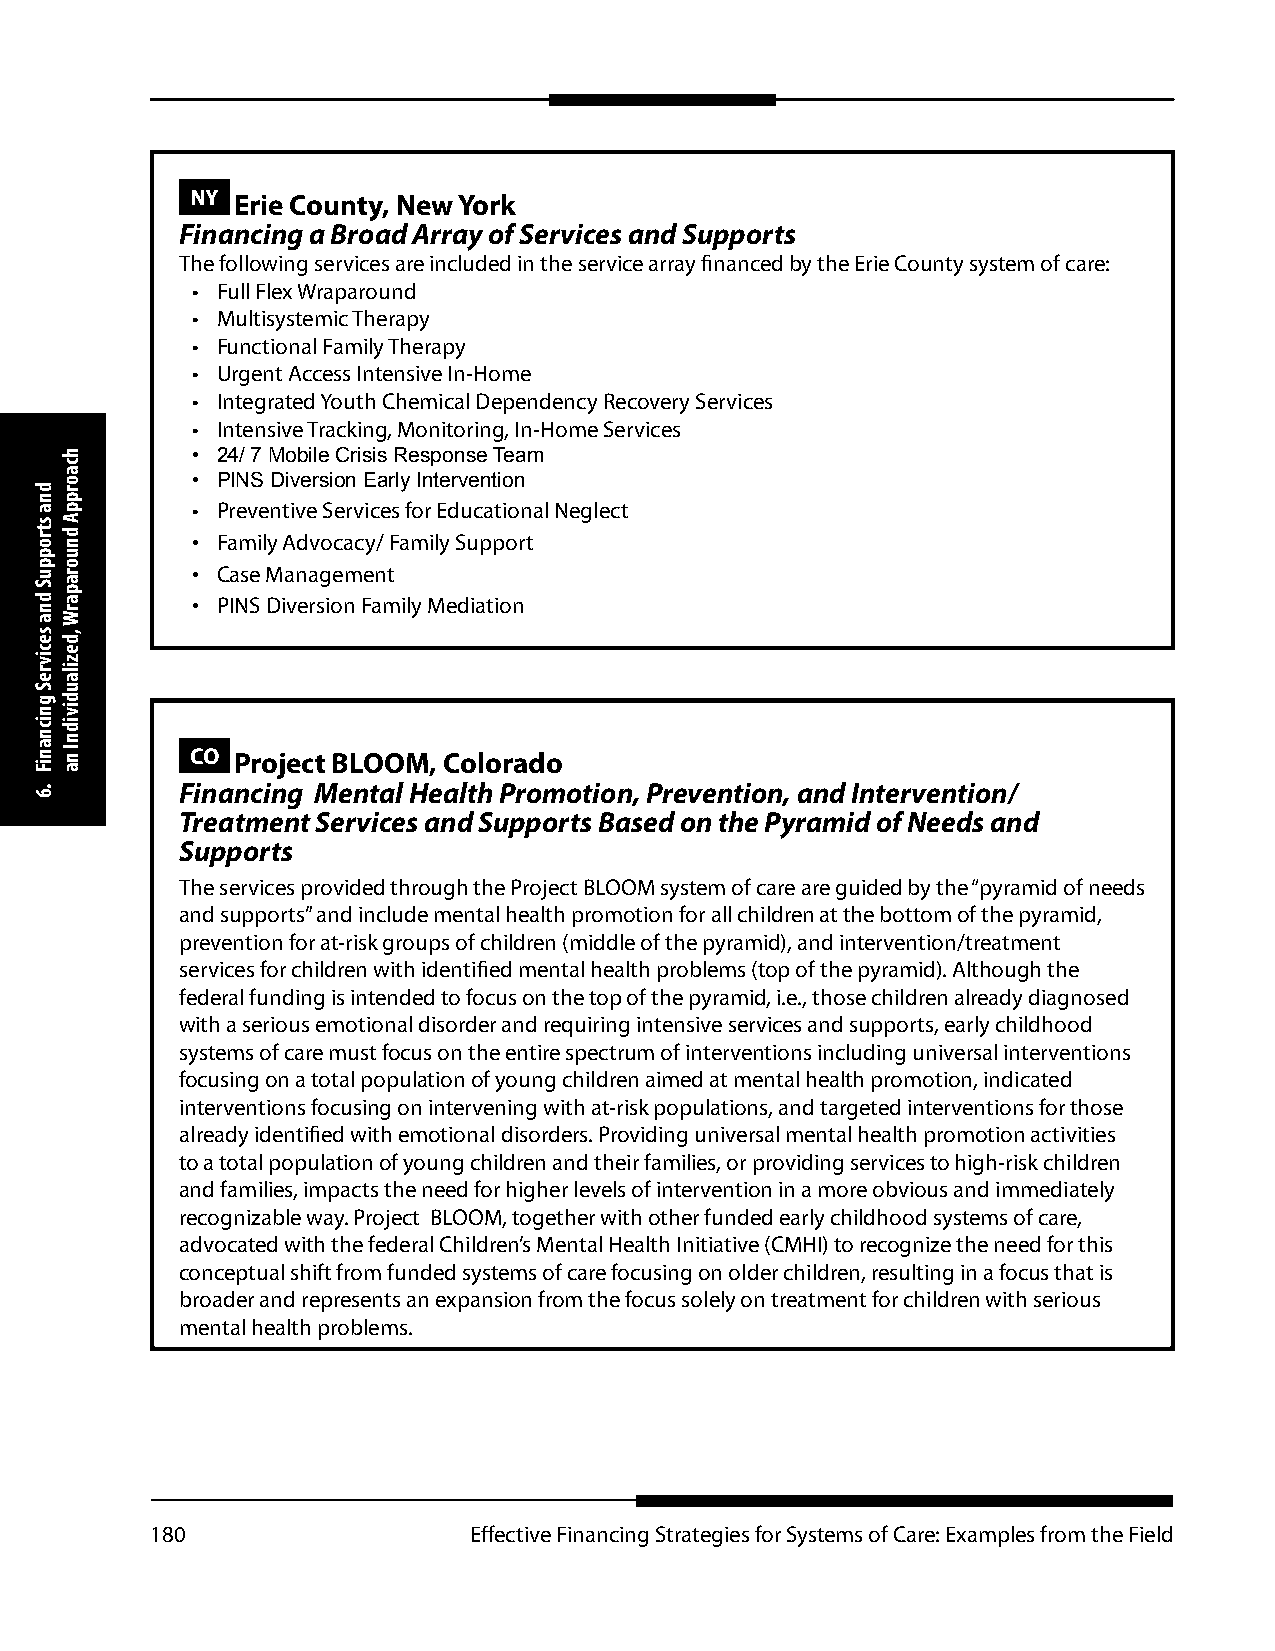
NY Erie County, New York
 Financing a Broad Array of Services and Supports
 The following services are included in the service array financed by the Erie County system of care:
 • Full Flex Wraparound
 • Multisystemic Therapy
 • Functional Family Therapy
 • Urgent Access Intensive In-Home
 • Integrated Youth Chemical Dependency Recovery Services
 • Intensive Tracking, Monitoring, In-Home Services
 • 24/ 7 Mobile Crisis Response Team
 • PINS Diversion Early Intervention
 • Preventive Services for Educational Neglect
 • Family Advocacy/ Family Support
 • Case Management
 • PINS Diversion Family Mediation
 CO Project BLOOM, Colorado
 Financing Mental Health Promotion, Prevention, and Intervention/
 Treatment Services and Supports Based on the Pyramid of Needs and
 Supports
 The services provided through the Project BLOOM system of care are guided by the “pyramid of needs
 and supports” and include mental health promotion for all children at the bottom of the pyramid,
 prevention for at-risk groups of children (middle of the pyramid), and intervention/treatment
 services for children with identified mental health problems (top of the pyramid). Although the
 federal funding is intended to focus on the top of the pyramid, i.e., those children already diagnosed
 with a serious emotional disorder and requiring intensive services and supports, early childhood
 systems of care must focus on the entire spectrum of interventions including universal interventions
 focusing on a total population of young children aimed at mental health promotion, indicated
 interventions focusing on intervening with at-risk populations, and targeted interventions for those
 already identified with emotional disorders. Providing universal mental health promotion activities
 to a total population of young children and their families, or providing services to high-risk children
 and families, impacts the need for higher levels of intervention in a more obvious and immediately
 recognizable way. Project BLOOM, together with other funded early childhood systems of care,
 advocated with the federal Children’s Mental Health Initiative (CMHI) to recognize the need for this
 conceptual shift from funded systems of care focusing on older children, resulting in a focus that is
 broader and represents an expansion from the focus solely on treatment for children with serious
 mental health problems.
 180                  Effective Financing Strategies for Systems of Care: Examples from the Field
 dna
 stroppuS
 dna
 secivreS
 gnicnaniF
 .6
 hcaorppA
 dnuoraparW
 ,dezilaudividnI
 na